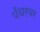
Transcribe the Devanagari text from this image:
पँथरवर